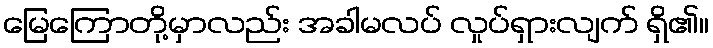
မြေကြောတို့မှာလည်း အခါမလပ် လှုပ်ရှားလျက် ရှိ၏။